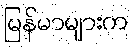
မြန်မာများက